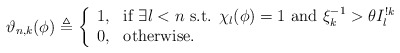
\begin{align*}\vartheta_{n,k}(\phi)\triangleq\left\{\begin{array}{ll}1, & \textnormal{if $\exists l< n $ s.t. $\chi_l(\phi)=1$ and $\xi_k^{-1}>\theta I_l^{!k}$}\\0, & \textnormal{otherwise.}\end{array}\right.\end{align*}